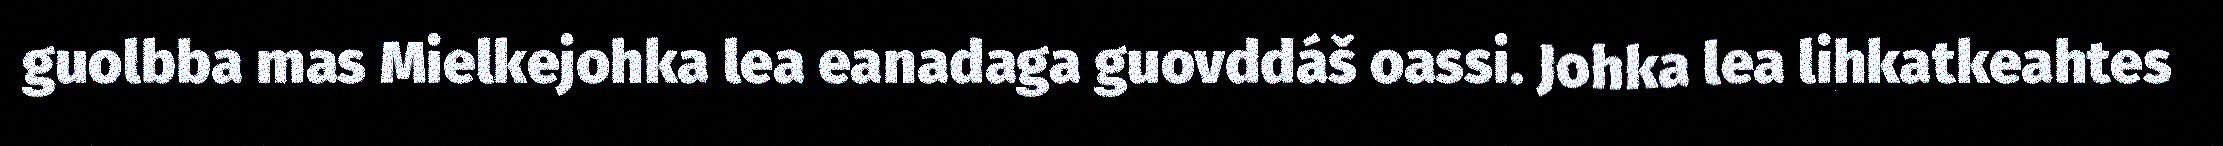
guolbba mas Mielkejohka lea eanadaga guovddáš oassi. Johka lea lihkatkeahtes